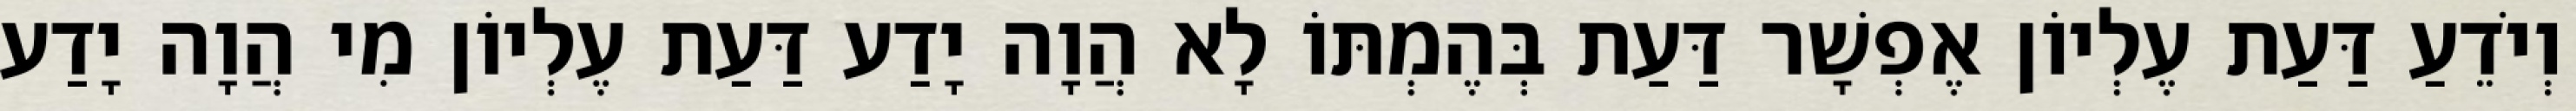
וְיֹדֵעַ דַּעַת עֶלְיוֹן אֶפְשָׁר דַּעַת בְּהֶמְתּוֹ לָא הֲוָה יָדַע דַּעַת עֶלְיוֹן מִי הֲוָה יָדַע